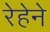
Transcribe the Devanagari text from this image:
रेहेने